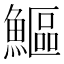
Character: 鰸